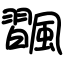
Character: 飁